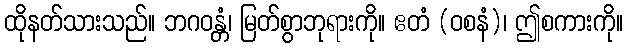
ထိုနတ်သားသည်။ ဘဂဝန္တံ၊ မြတ်စွာဘုရားကို။ ဧတံ (ဝစနံ)၊ ဤစကားကို။